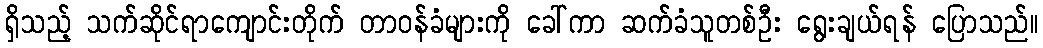
ရှိသည့် သက်ဆိုင်ရာကျောင်းတိုက် တာဝန်ခံများကို ခေါ်ကာ ဆက်ခံသူတစ်ဦး ရွေးချယ်ရန် ပြောသည်။